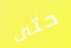
حتى